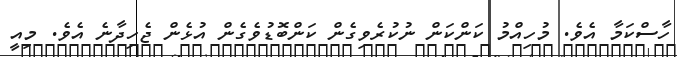
ހާސްކަމާ އެވެ. މުހިއްމު ކަންކަން ނުކުރެވިގެން ކަންބޮޑުވެގެން އުޅެން ޖެހިދާނެ އެވެ. މިއީ